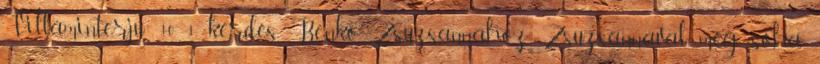
Villáminterjú: 10 1 kérdés Benkó Zsuzsannához Zsuzsannával még soha